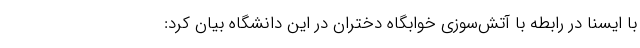
با ایسنا در رابطه با آتش‌سوزی خوابگاه دختران در این دانشگاه بیان کرد: